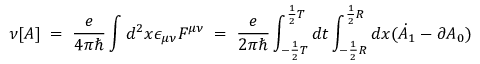
\nu [ A ] \; = \; \frac { e } { 4 \pi \hbar } \int d ^ { 2 } x \epsilon _ { \mu \nu } F ^ { \mu \nu } \; = \; \frac { e } { 2 \pi \hbar } \int _ { - \frac { 1 } { 2 } T } ^ { \frac { 1 } { 2 } T } d t \int _ { - \frac { 1 } { 2 } { R } } ^ { \frac { 1 } { 2 } { R } } d x ( \dot { A } _ { 1 } - \partial A _ { 0 } )